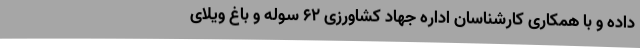
داده و با همکاری کارشناسان اداره جهاد کشاورزی ۶۲ سوله و باغ ویلای